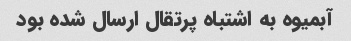
آبمیوه به اشتباه پرتقال ارسال شده بود